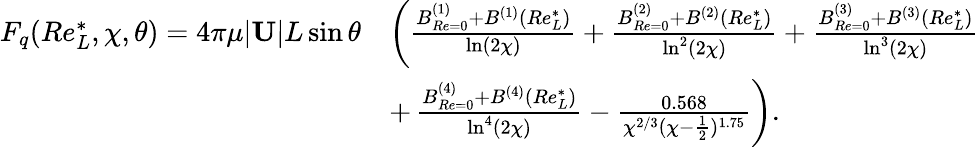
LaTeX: \begin{array}{rl}{F_{q}(Re_{L}^{*},\chi,\theta)=4\pi\mu|\mathbf{U}|L\sin\theta}&{\left(\frac{B_{Re=0}^{(1)}+B^{(1)}(Re_{L}^{*})}{\ln(2\chi)}+\frac{B_{Re=0}^{(2)}+B^{(2)}(Re_{L}^{*})}{\ln^{2}(2\chi)}+\frac{B_{Re=0}^{(3)}+B^{(3)}(Re_{L}^{*})}{\ln^{3}(2\chi)}\right.}\\ &{+\left.\frac{B_{Re=0}^{(4)}+B^{(4)}(Re_{L}^{*})}{\ln^{4}(2\chi)}-\frac{0.568}{\chi^{2/3}(\chi-\frac{1}{2})^{1.75}}\right).}\end{array}